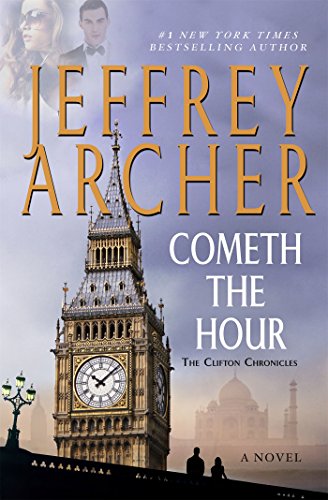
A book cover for Cometh the Hour (The Clifton Chronicles); Jeffrey Archer; Literature & Fiction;